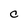
Character: C